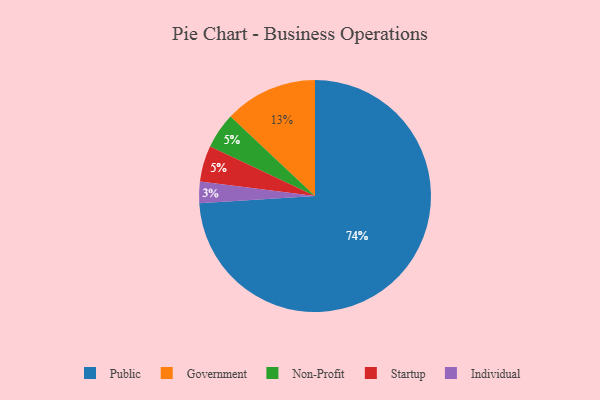
{"axis": {"x": "Category", "y": "Percentage"}, "legend": ["Government", "Individual", "Non-Profit", "Public", "Startup"], "data": [{"x": "Non-Profit", "y": 5, "type": "Non-Profit"}, {"x": "Government", "y": 13, "type": "Government"}, {"x": "Individual", "y": 3, "type": "Individual"}, {"x": "Public", "y": 74, "type": "Public"}, {"x": "Startup", "y": 5, "type": "Startup"}]}